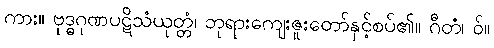
ကား။ ဗုဒ္ဓဂုဏပဋိသံယုတ္တံ၊ ဘုရားကျေးဇူးတော်နှင့်စပ်၏။ ဂီတံ၊ ဝ်။